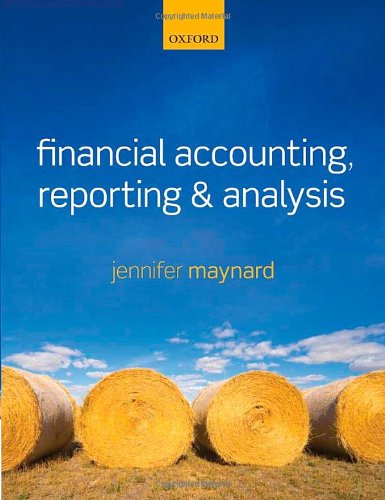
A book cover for Financial Accounting, Reporting, and Analysis; Jennifer Maynard; Business & Money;